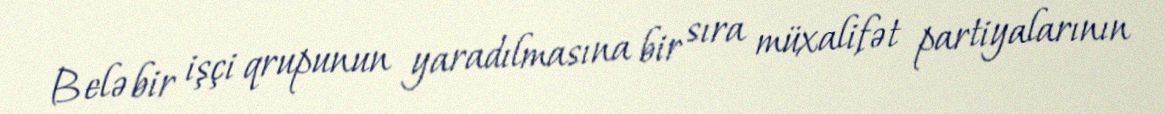
Belə bir işçi qrupunun yaradılmasına bir sıra müxalifət partiyalarının